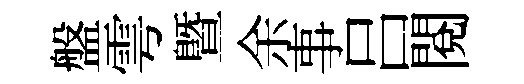
盤雩暨余事吕閱